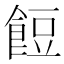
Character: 餖